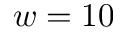
w = 1 0